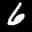
Label: 6